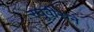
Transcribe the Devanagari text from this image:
रघुवीराने